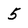
Character: 5